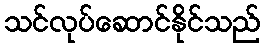
သင်လုပ်ဆောင်နိုင်သည်